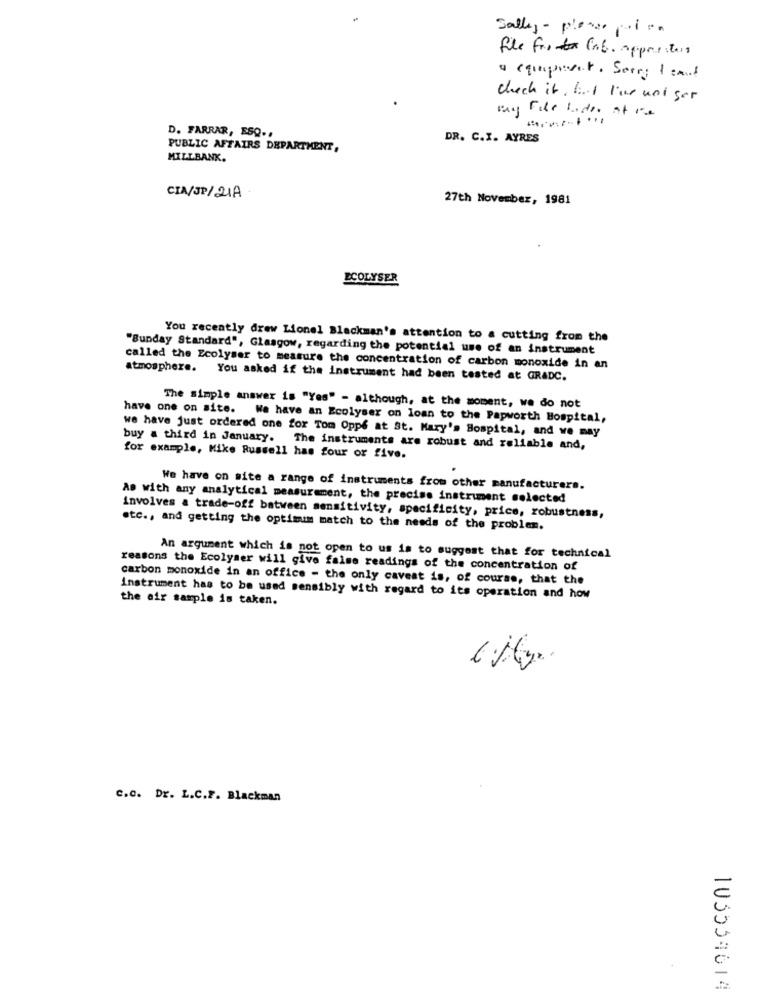
Sally - planer poi en
file for lab. apprisstars
a equipedet. Sorry I caud
check it , but I've uni ser
may File Inde at ve
D. FARRAR, ESQ ..
DR. C.I. AYRES
PUBLIC AFFAIRS DEPARTMENT,
MILLBANK.
CIA/JP/21A
27th November, 1981
ECOLYSER
You recently drew Lionel Blackman's attention to a cutting from the
"Sunday Standard", Glasgow, regarding the potential use of an instrument
called the Ecolyser to measure the concentration of carbon monoxide in an
atmosphere. You asked if the instrument had been tested at GRADC.
The simple answer is "Yes" - although, at the moment, we do not
have one on site. We have an Ecolyser on loan to the Papworth Hospital,
we have just ordered one for Tom Oppf at St. Mary's Hospital, and we may
buy a third in January. The instruments are robust and reliable and,
for example, Mike Russell has four or five.
We have on site a range of instruments from other manufacturers.
As with any analytical measurement, the preciss instrument selected
involves & trade-off between sensitivity, specificity, price, robustness,
etc ., and getting the optimum match to the needs of the problem.
An argument which is not open to us is to suggest that for technical
reasons the Ecolyser will give false readings of the concentration of
carbon monoxide in an office - the only caveat is, of course, that the
instrument has to be used sensibly with regard to its operation and how
the air sample is taken.
c.c. Dr. L.C.F. Blackman
103539614